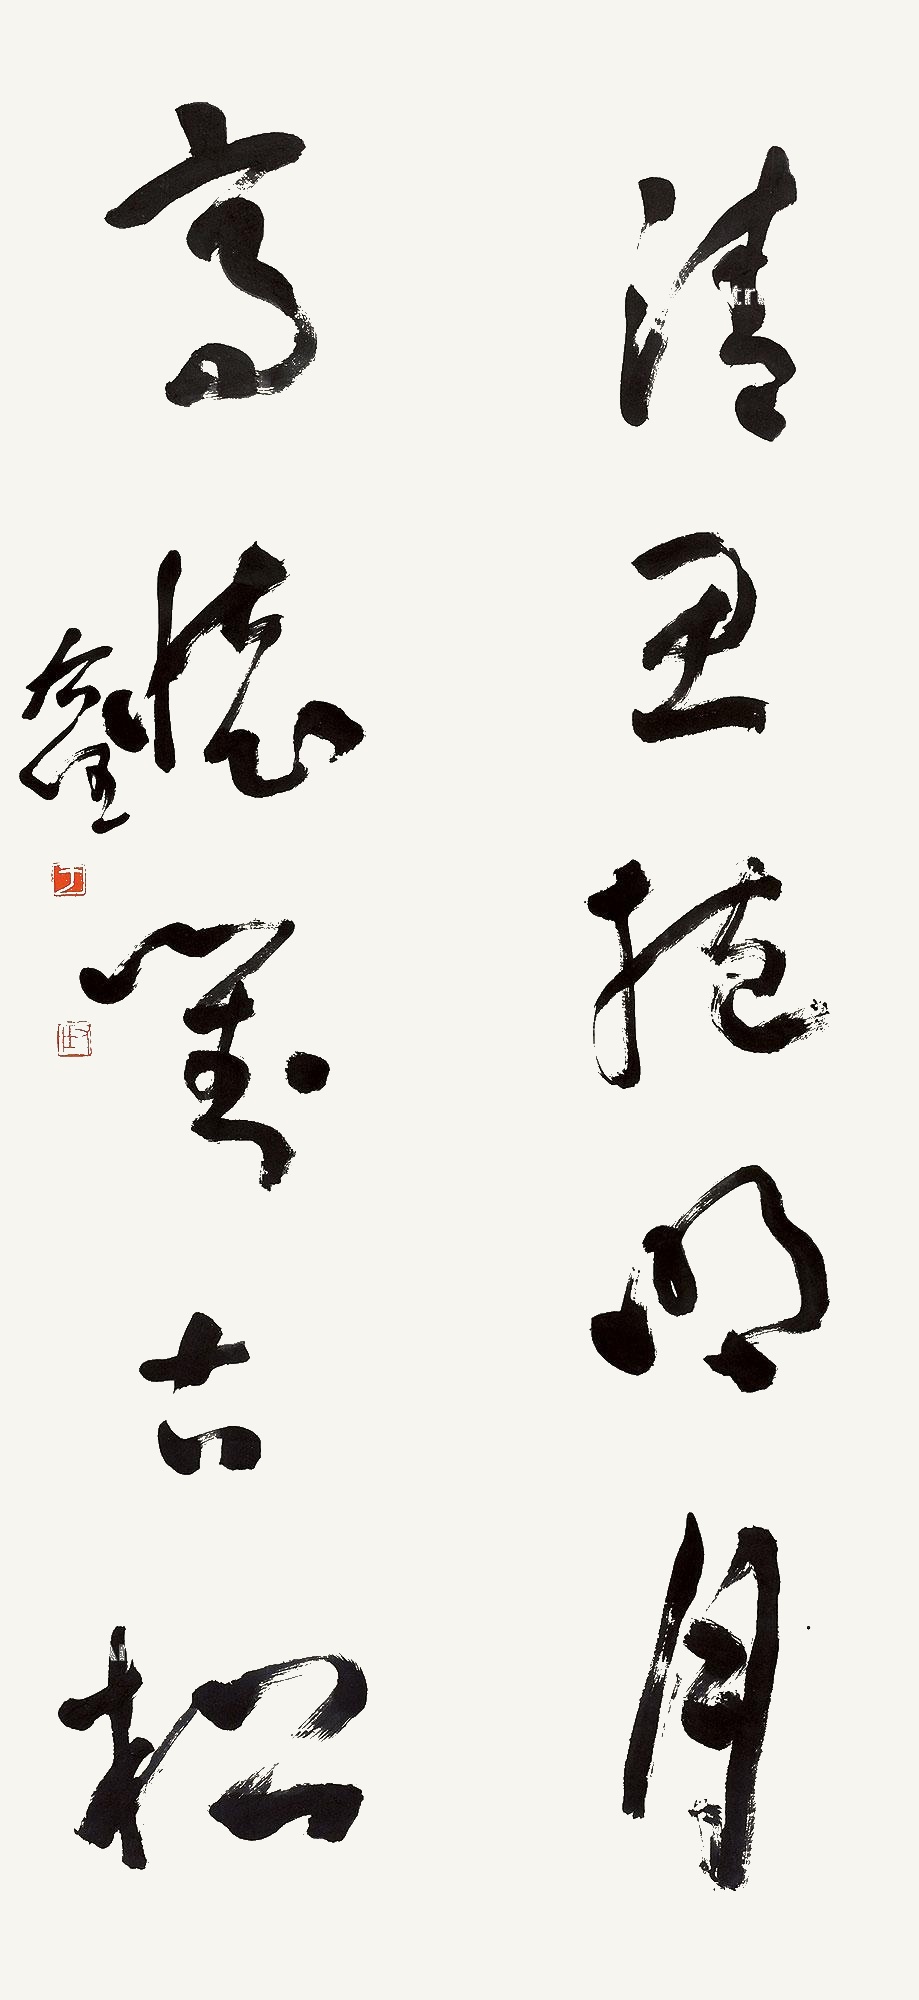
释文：清思抱明月，高怀对古松。右任